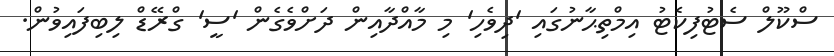
ސްކޫލް ސެޓުފިކެޓު އިމްތިޙާނުގައި 'ދިވެހި' މި މާއްދާއިން ދަށްވެގެން 'ސީ' ގްރޭޑް ލިބިފައިވުން.